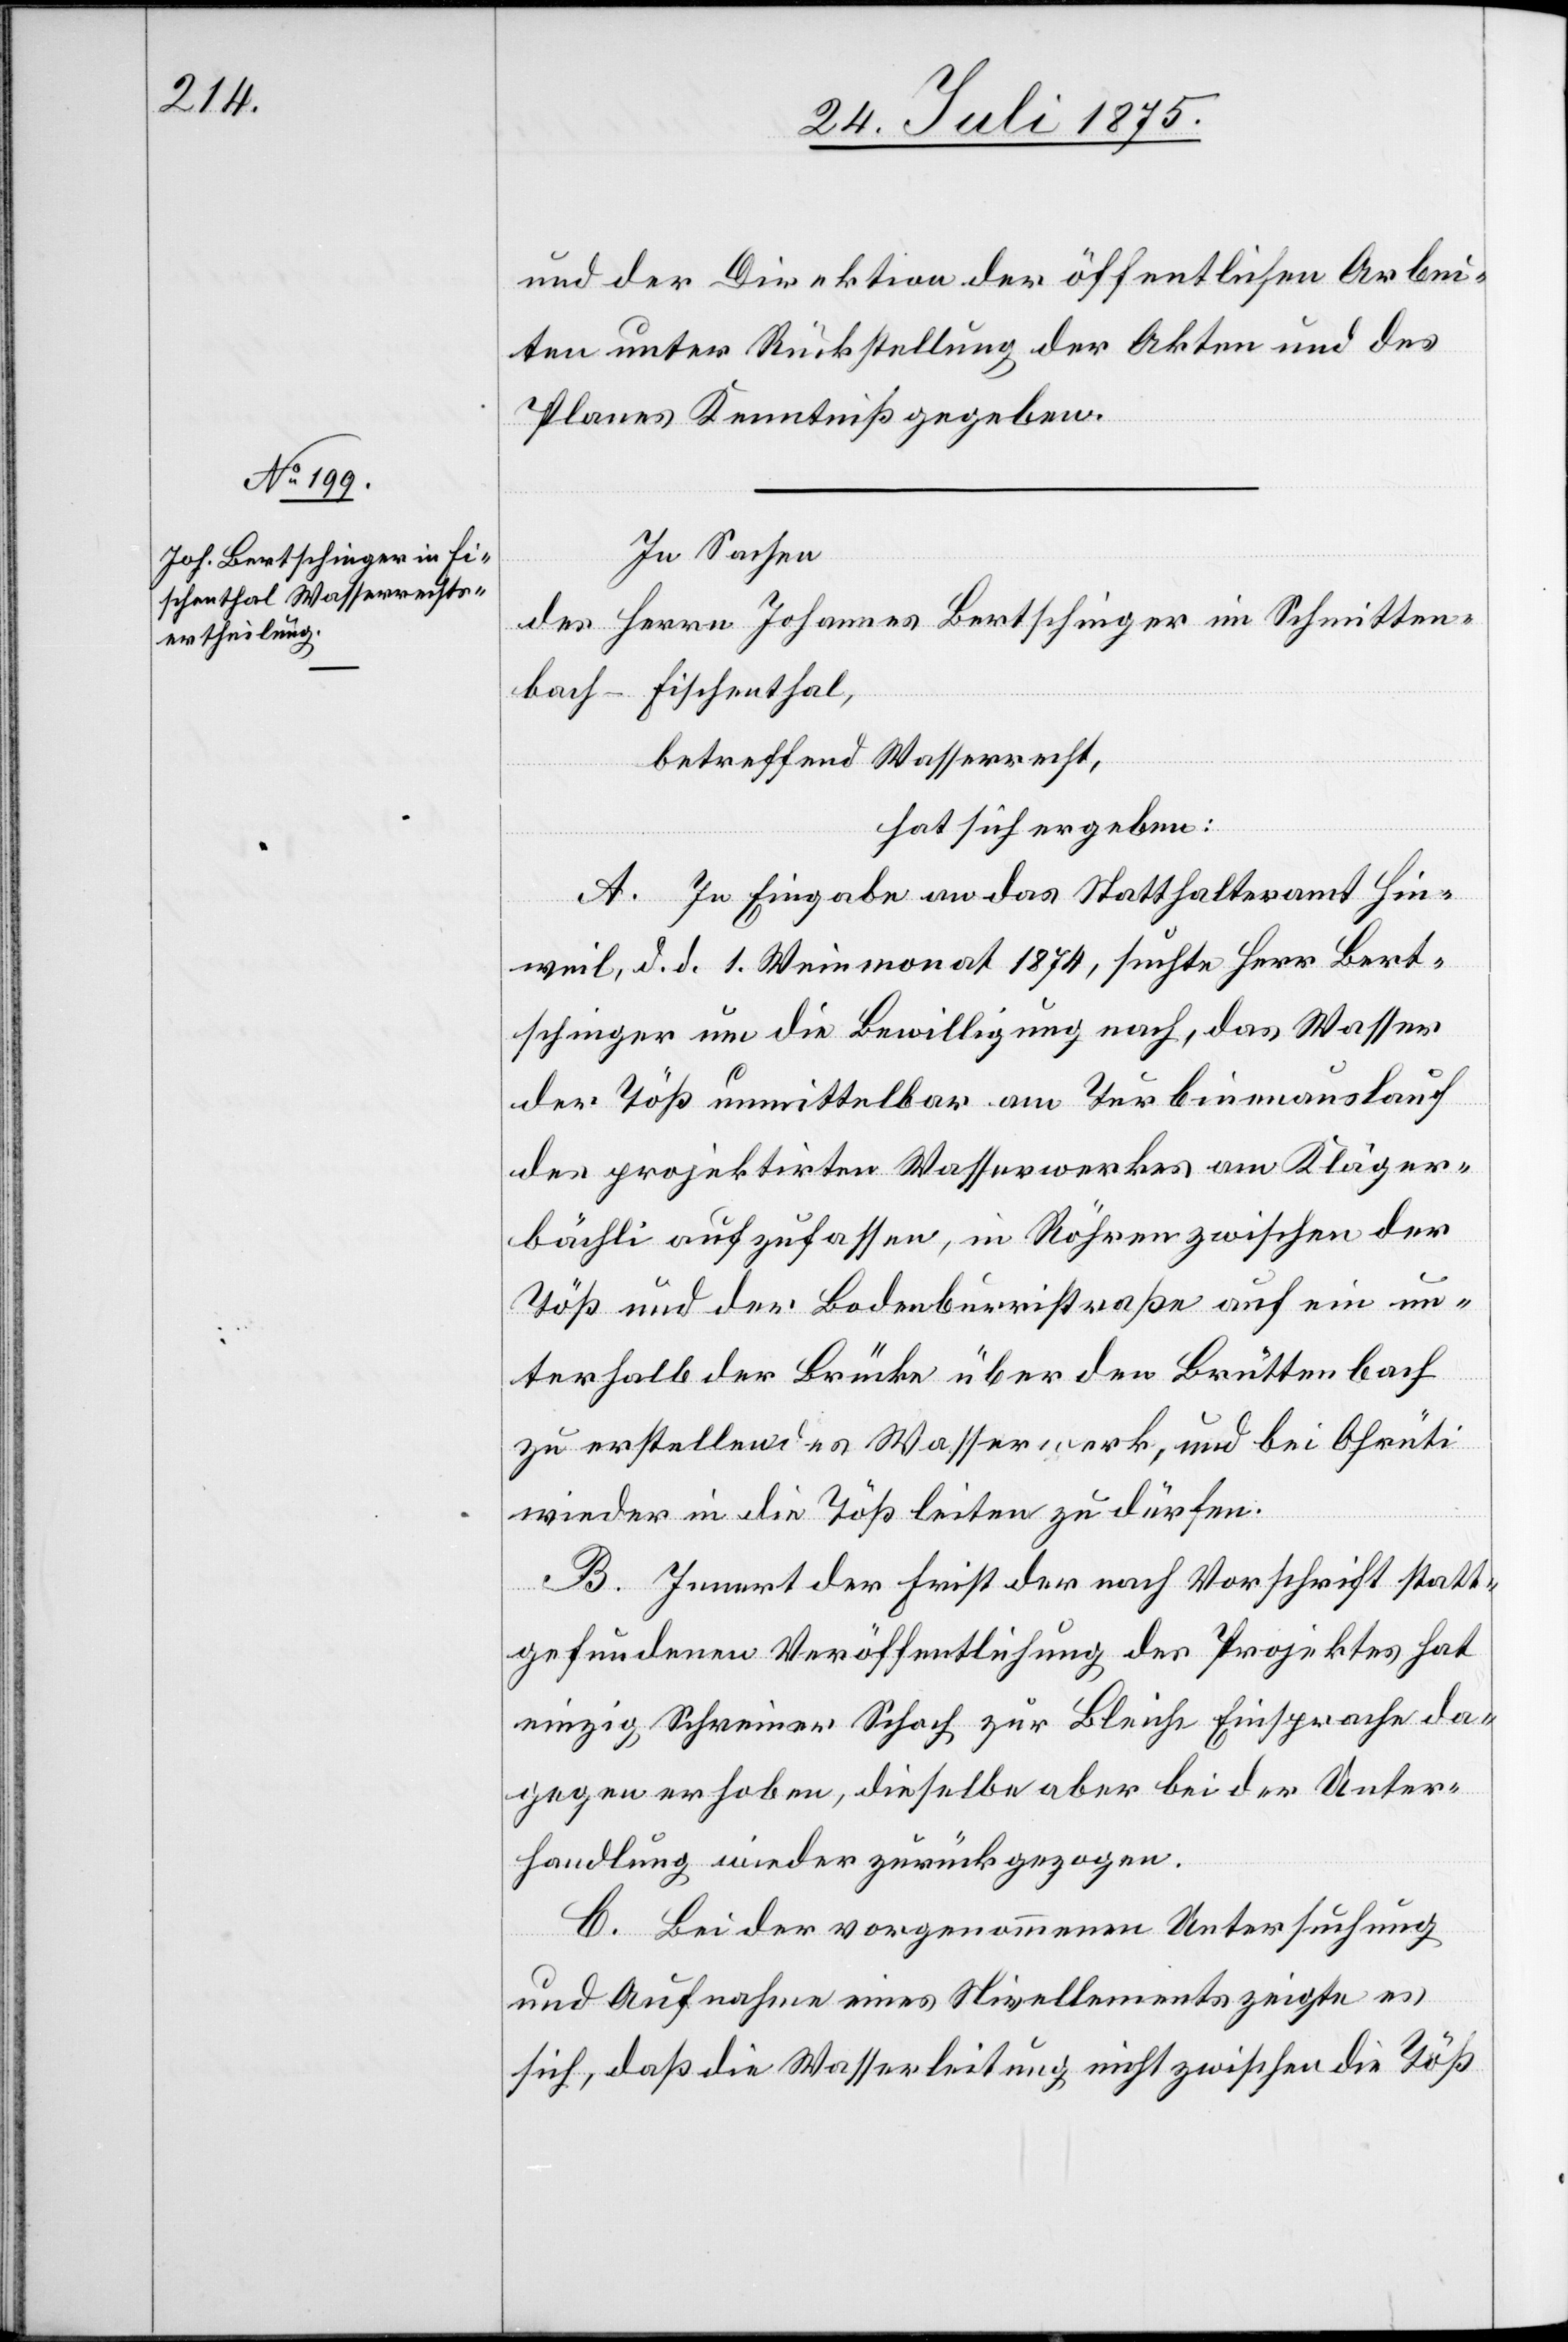
und der Direktion der öffentlichen Arbei¬
ten unter Rückstellung der Akten und des
Planes Kenntniß gegeben.
In Sachen
des Herrn Johannes Bertschinger im Schmitten¬
bach - Fischenthal,
betreffend Wasserrecht,
hat sich ergeben:
A. In Eingabe an das Statthalteramt Hin¬
weil, d. d. 1. Weinmonat 1874, suchte Herr Bert¬
schinger um die Bewilligung nach, das Wasser
der Töß unmittelbar am Turbinenauslauf
des projektirten Wasserwerkes am Kläger¬
bächli aufzufassen, in Röhren zwischen der
Töß und der Bodenburristraße auf ein un¬
terhalb der Brücke über den Brüttenbach
zu erstellendes Wasserwerk, und bei Ahrüti
wieder in die Töß leiten zu dürfen.
B. Innert der Frist der nach Vorschrift statt¬
gefundenen Veröffentlichung des Projektes hat
einzig Schreiner Schoch zur Bleiche Einsprache da¬
gegen erhoben, dieselbe aber bei der Unter¬
handlung wieder zurückgezogen.
C. Bei der vorgenommenen Untersuchung
und Aufnahme eines Nivellements zeigt es
sich, daß die Wasserleitung nicht zwischen die Töß